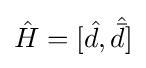
{\hat {H}}=[{\hat {d}},{\hat {\bar {d}}}]